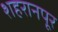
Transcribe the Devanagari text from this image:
शहरानपूर